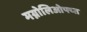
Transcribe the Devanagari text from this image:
मग्नोलिओफ्य्त